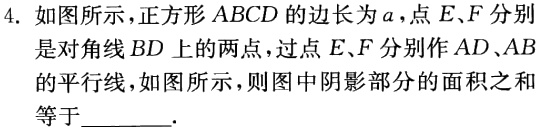
4. 如图所示，正方形 \(ABCD\) 的边长为 \(a\)，点 \(E、F\) 分别是对角线 \(BD\) 上的两点，过点 \(E、F\) 分别作 \(AD、AB\) 的平行线，如图所示，则图中阴影部分的面积之和等于  。